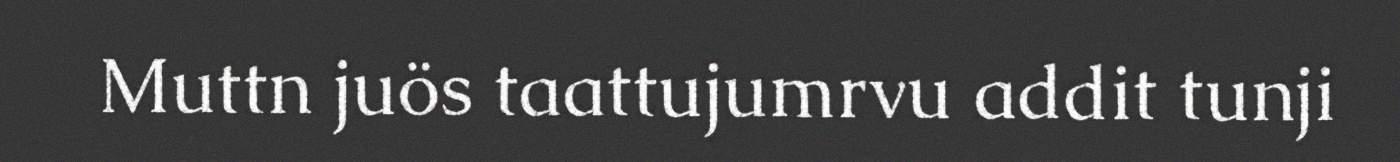
Muttn juös taattujumrvu addit tunji